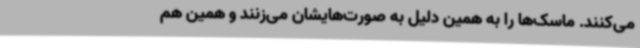
می‌کنند. ماسک‌ها را به همین دلیل به صورت‌هایشان می‌زنند و همین هم